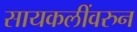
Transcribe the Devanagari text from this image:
सायकलींवरुन